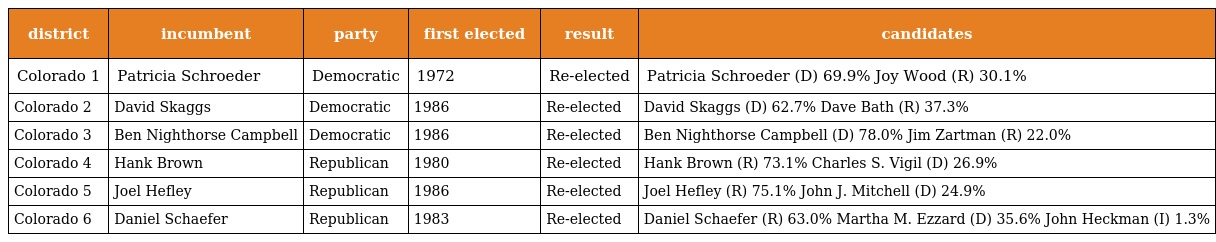
| district | incumbent | party | first elected | result | candidates |
 | --- | --- | --- | --- | --- | --- |
 | Colorado 1 | Patricia Schroeder | Democratic | 1972 | Re-elected | Patricia Schroeder (D) 69.9% Joy Wood (R) 30.1% |
 | Colorado 2 | David Skaggs | Democratic | 1986 | Re-elected | David Skaggs (D) 62.7% Dave Bath (R) 37.3% |
 | Colorado 3 | Ben Nighthorse Campbell | Democratic | 1986 | Re-elected | Ben Nighthorse Campbell (D) 78.0% Jim Zartman (R) 22.0% |
 | Colorado 4 | Hank Brown | Republican | 1980 | Re-elected | Hank Brown (R) 73.1% Charles S. Vigil (D) 26.9% |
 | Colorado 5 | Joel Hefley | Republican | 1986 | Re-elected | Joel Hefley (R) 75.1% John J. Mitchell (D) 24.9% |
 | Colorado 6 | Daniel Schaefer | Republican | 1983 | Re-elected | Daniel Schaefer (R) 63.0% Martha M. Ezzard (D) 35.6% John Heckman (I) 1.3% |